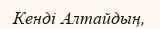
Кенді Алтайдың,